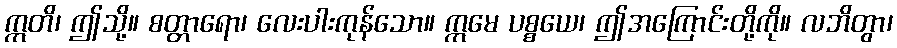
ဣတိ၊ ဤသို့။ စတ္တာရော၊ လေးပါးကုန်သော။ ဣမေ ပစ္စယေ၊ ဤအကြောင်းတို့ကို။ လဘိတွာ၊